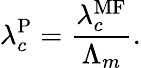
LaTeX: \lambda_{c}^{\mathrm{P}}=\frac{\lambda_{c}^{\mathrm{MF}}}{\Lambda_{m}}.